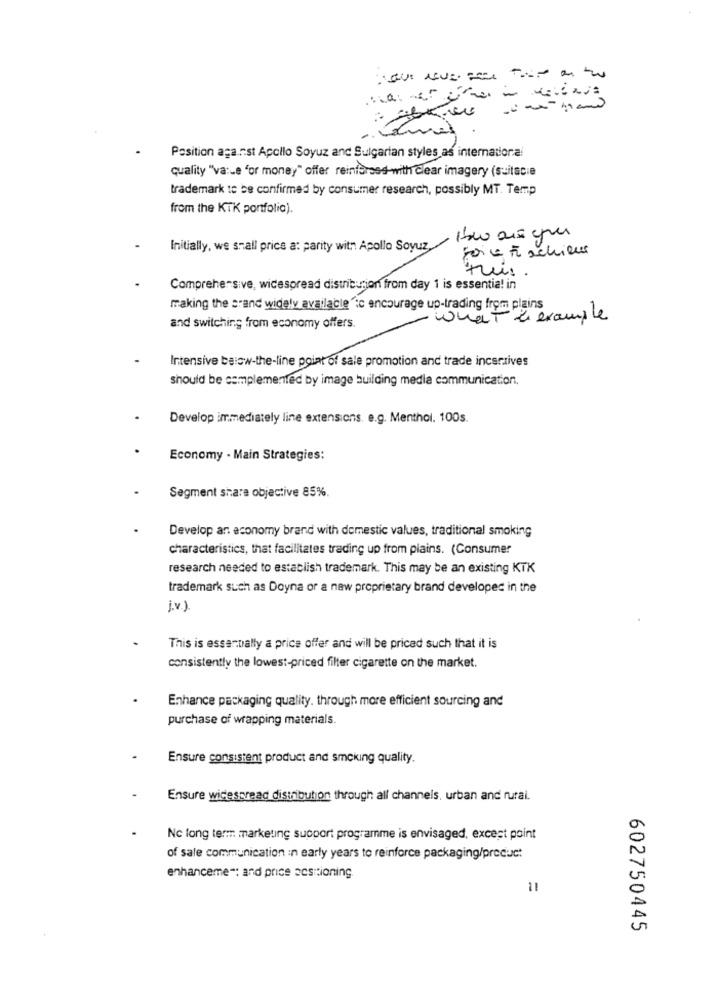
Position aga.nst Apollo Soyuz and Sulgarian styles as international
quality "va :- e "or money" offer reinforced-with clear imagery (suitacie
trademark to be confirmed by consumer research, possibly MT. Temp
from the KTK portfolia).
Initially, we small prices a: parity with Apollo Soyuz
soie t schieur
tueis.
Comprehensive, widespread distribution from day 1 is essentia! in
making the brand widely availablefic encourage up-trading from plains
- what à example
and switching from economy offers.
Intensive below-the-line point of sale promotion and trade incsraives
should be complemented by image building medla communication.
Develop immediately line extensions. e.g. Menthol. 100s.
Economy - Main Strategies:
Segment share objective 85%.
Develop an economy brand with domestic values, traditional smoking
characteristics, that facilitates trading up from plains. (Consumer
research needed to establish trademark. This may be an existing KTK
trademark such as Doyna or a new proprietary brand developed in the
j.v.).
This is essentially a price offer and will be priced such that it is
consistently the lowest-priced filter cigarette on the market.
Enhance packaging quality. through more efficient sourcing and
purchase of wrapping materials.
Ensure consistent product and smoking quality.
Ensure widespread distribution through all channels, urban and rural.
Nc long term marketing support programme is envisaged, except point
of sale communication in early years to reinforce packaging/product
enhanceme =: and price scsitioning.
11
602750445